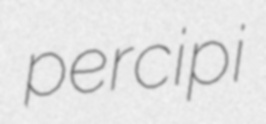
percipi